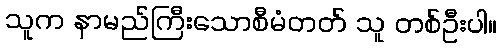
သူက နာမည်ကြီးသောစီမံတတ် သူ တစ်ဦးပါ။